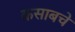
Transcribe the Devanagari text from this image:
कसाबचे